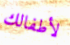
لأطفالك